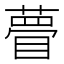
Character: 瞢